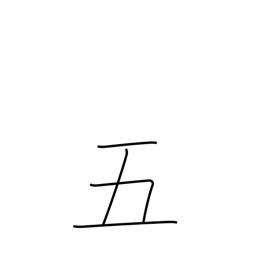
Meaning: five